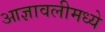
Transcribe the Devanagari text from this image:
आज्ञावलीमध्ये